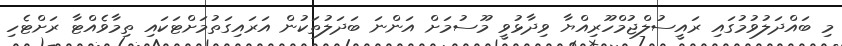
މި ބައްދަލުވުމުގައި ރައީސުލްޖުމްހޫރިއްޔާ ވިދާޅުވީ މޫސުމަށް އަންނަ ބަދަލުތަކުން އަރައިގަތުމަށްޓަކައި ތިމާވެއްޓާ ރަށްޓެހި